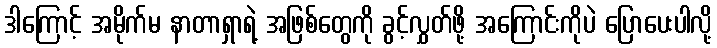
ဒါကြောင့် အမိုက်မ နာတာရှာရဲ့ အဖြစ်တွေကို ခွင့်လွှတ်ဖို့ အကြောင်းကိုပဲ ပြောပေးပါလို့